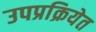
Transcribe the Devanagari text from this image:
उपप्रक्रियेत